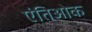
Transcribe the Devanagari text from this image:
एंतिओक